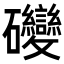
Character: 𥘂